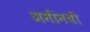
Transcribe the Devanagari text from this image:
अमीनची